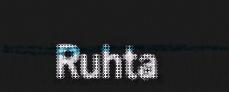
Ruhta